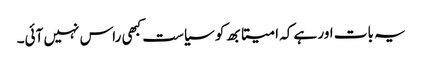
یہ بات اور ہے کہ امیتابھ کو سیاست کبھی راس نہیں آئی۔